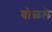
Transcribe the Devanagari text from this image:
घोळले